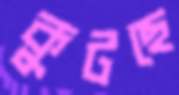
কুটছে